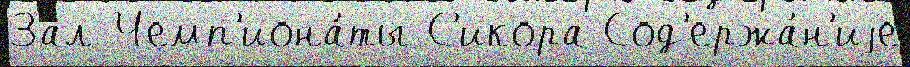
Зал Чемп'иона́ты С'икора Сод'ержа́н'иjе